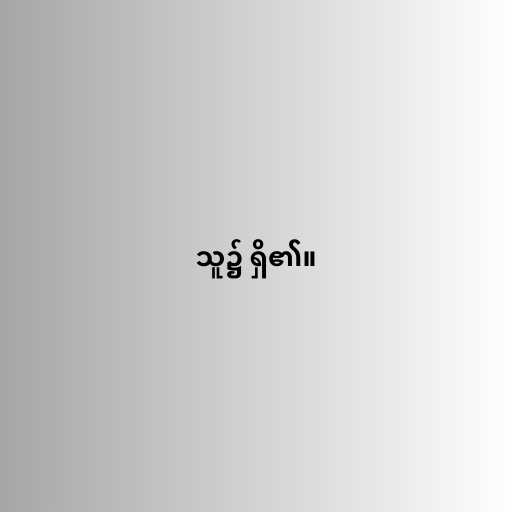
သူ၌ ရှိ၏။